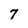
Character: 7